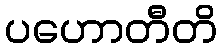
ပဟောတီတိ